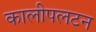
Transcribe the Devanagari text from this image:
कालीपलटन